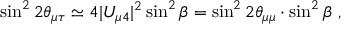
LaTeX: \sin ^ { 2 } 2 \theta _ { \mu \tau } \simeq 4 | U _ { \mu 4 } | ^ { 2 } \sin ^ { 2 } \beta = \sin ^ { 2 } 2 \theta _ { \mu \mu } \cdot \sin ^ { 2 } \beta ~ ,